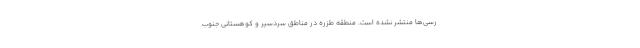
رسی‌ها منتشر نشده است. منطقه طزره در مناطق سردسیر و کوهستانی جنوب